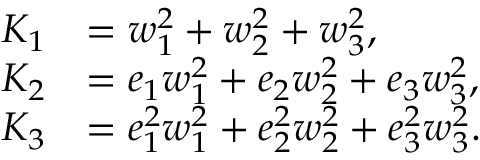
\begin{array} { r l } { K _ { 1 } } & { = w _ { 1 } ^ { 2 } + w _ { 2 } ^ { 2 } + w _ { 3 } ^ { 2 } , } \\ { K _ { 2 } } & { = e _ { 1 } w _ { 1 } ^ { 2 } + e _ { 2 } w _ { 2 } ^ { 2 } + e _ { 3 } w _ { 3 } ^ { 2 } , } \\ { K _ { 3 } } & { = e _ { 1 } ^ { 2 } w _ { 1 } ^ { 2 } + e _ { 2 } ^ { 2 } w _ { 2 } ^ { 2 } + e _ { 3 } ^ { 2 } w _ { 3 } ^ { 2 } . } \end{array}